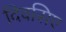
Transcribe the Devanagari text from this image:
दिवसिए